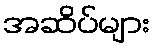
အဆိပ်များ